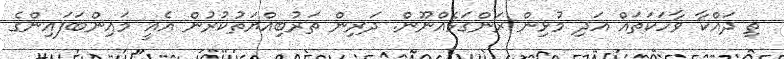
ތި ދައްކާ ވާހަކަތައް އަދި މުޅިން ރަންގަޅެއްނޫން. ދަރިން ތަރުބިއްޔަތުކުރުން އެއީ މައިންބަފައިންގެ